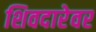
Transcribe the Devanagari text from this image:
शिवदारेवर